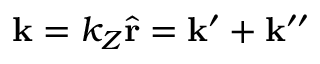
\mathbf { k } = k _ { Z } \hat { \mathbf { r } } = \mathbf { k ^ { \prime } } + \mathbf { k ^ { \prime \prime } }